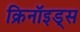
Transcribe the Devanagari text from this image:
क्रिनॉइड्स